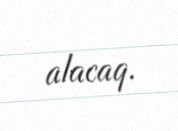
alacaq.